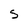
Character: s